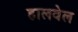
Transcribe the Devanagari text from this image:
हालवेल